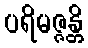
ပရိမဇ္ဇန္တိ